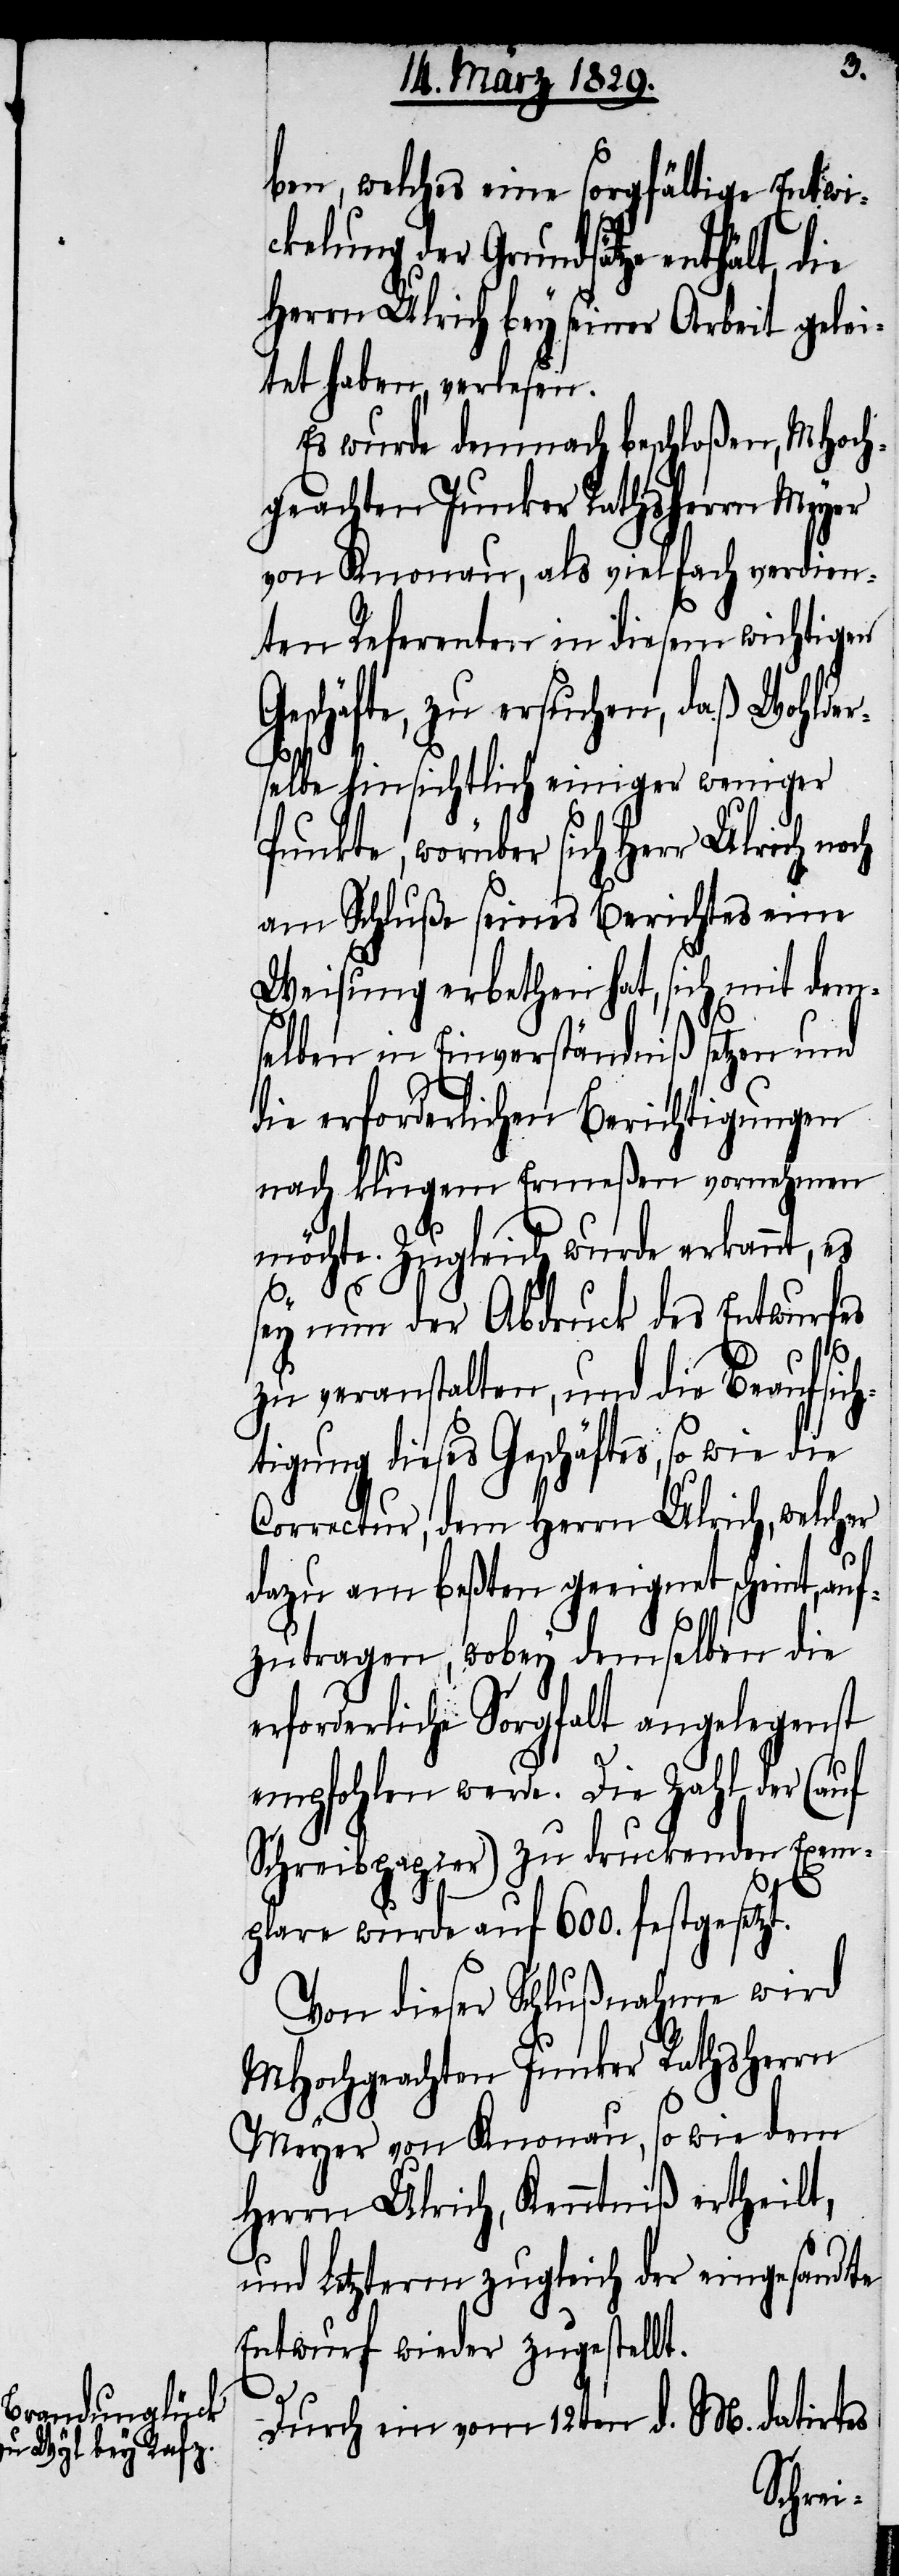
ben, welches eine sorgfältige Entwi¬
ckelung der Grundsätze enthält,
Herrn Ulrich bey seiner Arbeit gelei¬
tet haben, verlesen.
Es wurde demnach beschloßen, MHoch¬
geachten Junker Rathsherr Meyer
von Knonau, als vielfach verdien¬
ten Referenten in diesem wichtigen
Geschäfte, zu ersuchen, daß Wohlder¬
selbe hinsichtlich einiger weniger
Punkte, worüber sich Herrn Ulrich
am Schluße seines Berichtes eine
Weisung erbethen hat, sich mit dem¬
selben in Einverständniß setzen und
die erforderlichen Berichtigungen
nach klugem Ermeßen vornehmen
möchte. Zugleich wurde erkannt, es
sey nun der Abdruck des Entwurfes
zu veranstalten, und die Beaufsich¬
tigung dieses Geschäftes, so wie die
Correctur, dem Herrn Ulrich, welcher
dazu am beßten geeignet scheint, au¬
fzutragen, wobey demselben die
erforderliche Sorgfalt angelegenst
empfohlen werde. Die Zahl der (auf
Schreibpapier) zu druckenden Exem¬
plare wurde auf 600. festgesetzt.
Von dieser Schlußnahme wird
MHochgeachter Junker Rathsherr
Meyer von Knonau, so wie dem
Herrn Ulrich, Kenntniß ertheilt,
und Letzterm zugleich der eingesandte
Entwurf wieder zugestellt.
Durch ein vom 12ten d. M. datirtes